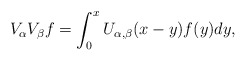
\begin{align*}V_{\alpha}V_{\beta}f=\int_{0}^{x}U_{\alpha,\beta}(x-y)f(y)dy,\end{align*}